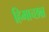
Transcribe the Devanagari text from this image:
हिमाच्छन्न